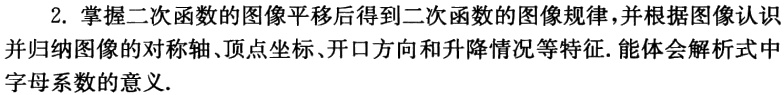
2. 掌握二次函数的图像平移后得到二次函数的图像规律,并根据图像认识并归纳图像的对称轴、顶点坐标、开口方向和升降情况等特征.能体会解析式中字母系数的意义.